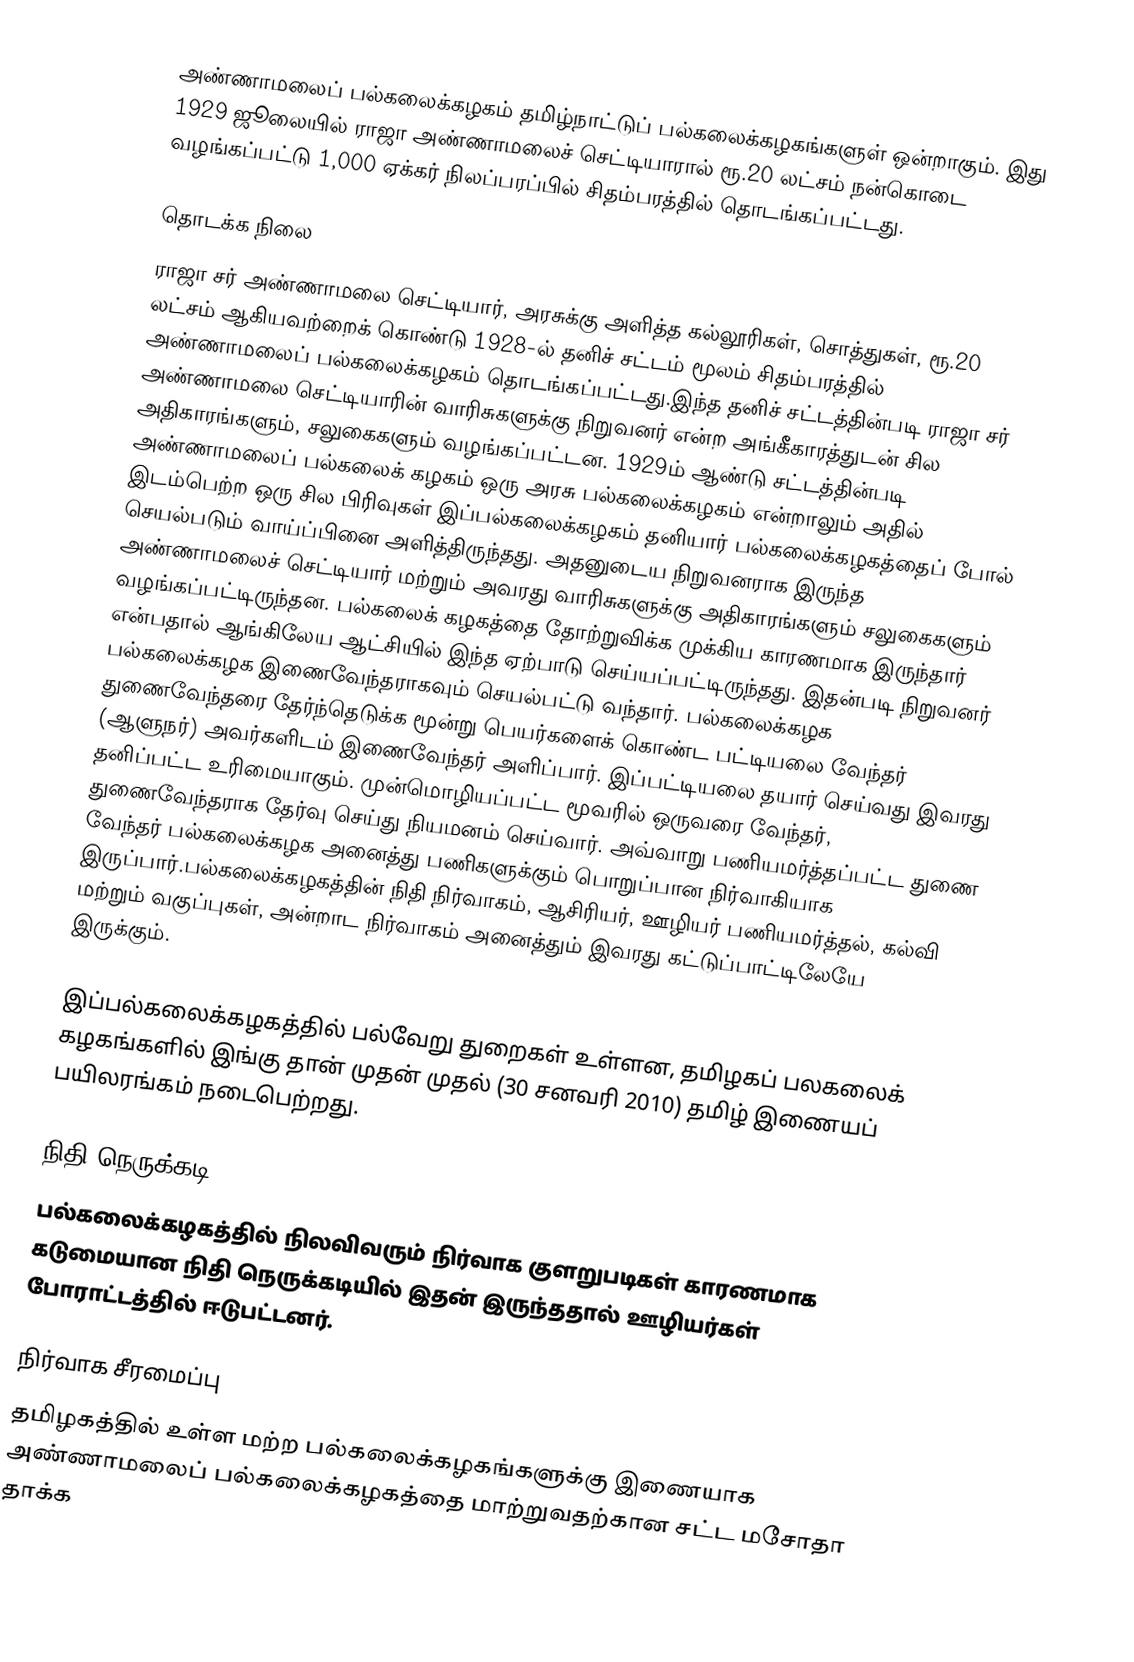
அண்ணாமலைப் பல்கலைக்கழகம் தமிழ்நாட்டுப் பல்கலைக்கழகங்களுள் ஒன்றாகும். இது 1929 ஜூலையில் ராஜா அண்ணாமலைச் செட்டியாரால் ரூ.20 லட்சம் நன்கொடை வழங்கப்பட்டு 1,000 ஏக்கர் நிலப்பரப்பில் சிதம்பரத்தில் தொடங்கப்பட்டது.

தொடக்க நிலை
ராஜா சர் அண்ணாமலை செட்டியார், அரசுக்கு அளித்த கல்லூரிகள், சொத்துகள், ரூ.20 லட்சம் ஆகியவற்றைக் கொண்டு 1928-ல் தனிச் சட்டம் மூலம் சிதம்பரத்தில் அண்ணாமலைப் பல்கலைக்கழகம் தொடங்கப்பட்டது.இந்த தனிச் சட்டத்தின்படி ராஜா சர் அண்ணாமலை செட்டியாரின் வாரிசுகளுக்கு நிறுவனர் என்ற அங்கீகாரத்துடன் சில அதிகாரங்களும், சலுகைகளும் வழங்கப்பட்டன. 1929ம் ஆண்டு சட்டத்தின்படி அண்ணாமலைப் பல்கலைக் கழகம் ஒரு அரசு பல்கலைக்கழகம் என்றாலும் அதில் இடம்பெற்ற ஒரு சில பிரிவுகள் இப்பல்கலைக்கழகம் தனியார் பல்கலைக்கழகத்தைப் போல் செயல்படும் வாய்ப்பினை அளித்திருந்தது. அதனுடைய நிறுவனராக இருந்த அண்ணாமலைச் செட்டியார் மற்றும் அவரது வாரிசுகளுக்கு அதிகாரங்களும் சலுகைகளும் வழங்கப்பட்டிருந்தன. பல்கலைக் கழகத்தை தோற்றுவிக்க முக்கிய காரணமாக இருந்தார் என்பதால் ஆங்கிலேய ஆட்சியில் இந்த ஏற்பாடு செய்யப்பட்டிருந்தது. இதன்படி நிறுவனர் பல்கலைக்கழக இணைவேந்தராகவும் செயல்பட்டு வந்தார். பல்கலைக்கழக துணைவேந்தரை தேர்ந்தெடுக்க மூன்று பெயர்களைக் கொண்ட பட்டியலை வேந்தர் (ஆளுநர்) அவர்களிடம் இணைவேந்தர் அளிப்பார். இப்பட்டியலை தயார் செய்வது இவரது தனிப்பட்ட உரிமையாகும். முன்மொழியப்பட்ட மூவரில் ஒருவரை வேந்தர், துணைவேந்தராக தேர்வு செய்து நியமனம் செய்வார். அவ்வாறு பணியமர்த்தப்பட்ட துணை வேந்தர் பல்கலைக்கழக அனைத்து பணிகளுக்கும் பொறுப்பான நிர்வாகியாக இருப்பார்.பல்கலைக்கழகத்தின் நிதி நிர்வாகம், ஆசிரியர், ஊழியர் பணியமர்த்தல், கல்வி மற்றும் வகுப்புகள், அன்றாட நிர்வாகம் அனைத்தும் இவரது கட்டுப்பாட்டிலேயே இருக்கும்.

இப்பல்கலைக்கழகத்தில் பல்வேறு துறைகள் உள்ளன, தமிழகப் பலகலைக் கழகங்களில் இங்கு தான் முதன் முதல் (30 சனவரி 2010) தமிழ் இணையப் பயிலரங்கம் நடைபெற்றது.

நிதி நெருக்கடி
பல்கலைக்கழகத்தில் நிலவிவரும் நிர்வாக குளறுபடிகள் காரணமாக கடுமையான நிதி நெருக்கடியில் இதன் இருந்ததால் ஊழியர்கள் போராட்டத்தில் ஈடுபட்டனர்.

நிர்வாக சீரமைப்பு
தமிழகத்தில் உள்ள மற்ற பல்கலைக்கழகங்களுக்கு இணையாக அண்ணாமலைப் பல்கலைக்கழகத்தை மாற்றுவதற்கான சட்ட மசோதா தாக்க